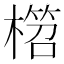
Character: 𣙭